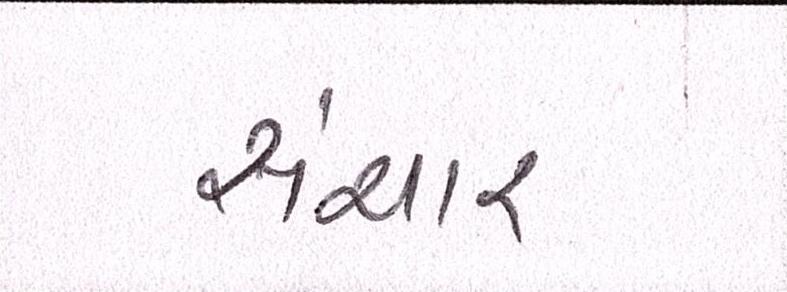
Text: સંચાર